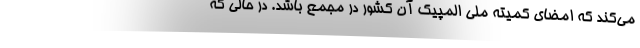
می‌کند که امضای کمیته ملی المپیک آن کشور در مجمع باشد. در حالی که